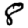
Digit: 8